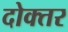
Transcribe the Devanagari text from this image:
दोक्तर